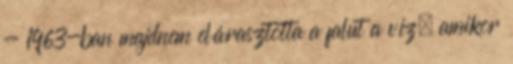
- 1963-ban majdnem elárasztotta a falut a víz, amikor